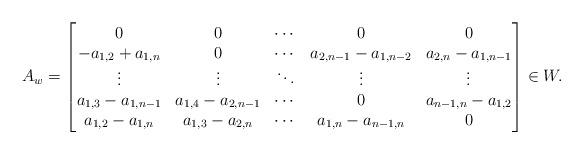
LaTeX: \begin{align*}A_w =\begin{bmatrix}0 & 0 & \cdots & 0 & 0 \\-a_{1,2}+a_{1,n} & 0 & \cdots & a_{2,n-1}-a_{1,n-2} & a_{2,n}-a_{1,n-1}\\\vdots & \vdots & \ddots &\vdots & \vdots\\a_{1,3}-a_{1,n-1} & a_{1,4}-a_{2,n-1} & \cdots & 0 & a_{n-1,n}-a_{1,2}\\a_{1,2}-a_{1,n} & a_{1,3}-a_{2,n} & \cdots & a_{1,n}-a_{n-1,n} & 0\end{bmatrix}\in W.\end{align*}